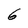
Character: 6